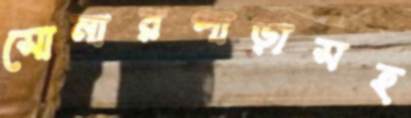
সোনারপাড়াসহ